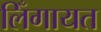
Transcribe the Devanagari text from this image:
लिँगायत